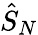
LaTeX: {\hat{S}}_{N}